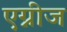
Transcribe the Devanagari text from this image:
एग्नीज